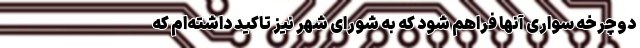
دوچرخه سواری آنها فراهم شود که به شورای شهر نیز تاکید داشته‌ام که